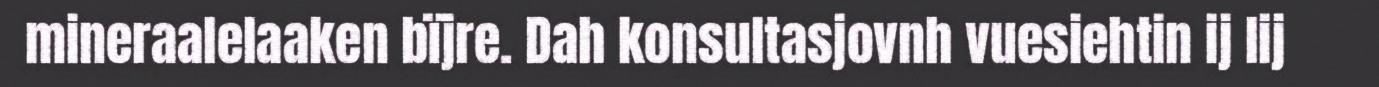
mineraalelaaken bïjre. Dah konsultasjovnh vuesiehtin ij lij